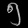
Digit: ၅